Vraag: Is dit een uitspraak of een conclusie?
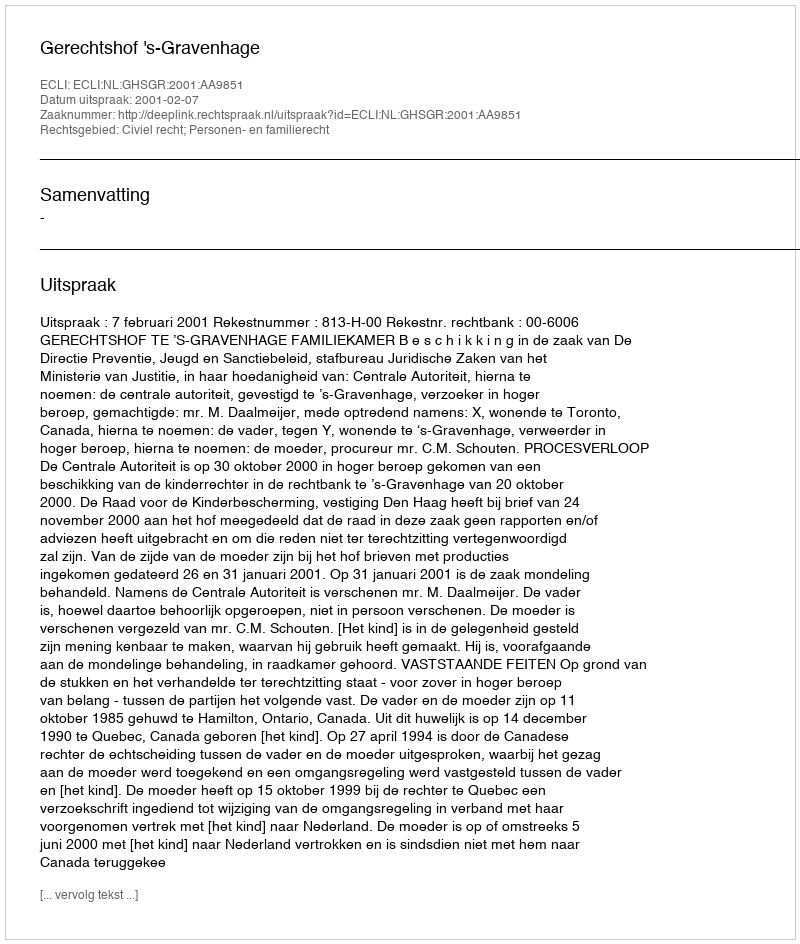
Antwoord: Uitspraak